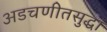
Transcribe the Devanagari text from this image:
अडचणीतसुद्धा